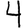
Digit: 4